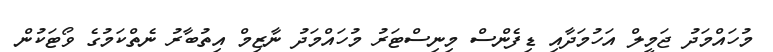
މުހައްމަދު ޖަމީލް އަހުމަދާއި ޑިފެންސް މިނިސްޓަރު މުހައްމަދު ނާޒިމް އިތުބާރު ނެތްކަމުގެ ވޯޓަކުން